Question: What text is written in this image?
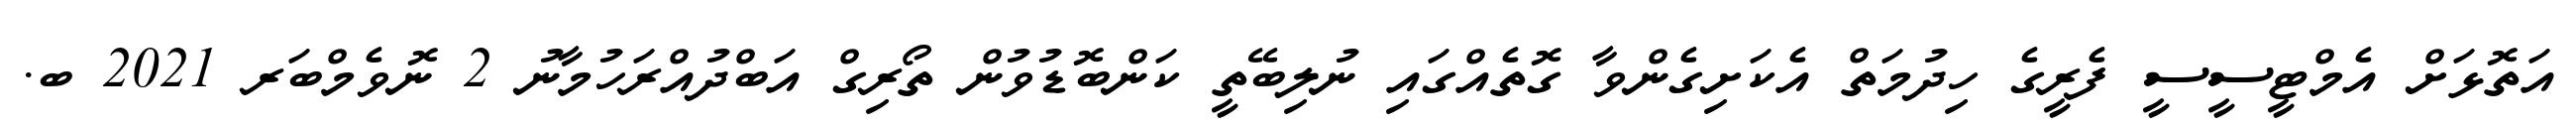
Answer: އަތޮޅަށް އެމްޓީސީސީ ފެރީގެ ހިދުމަތް އެކަށިގެންވާ ގޮތެއްގައި ނުލިބޭތީ ކަންބޮޑުވުން ތޯރިގް އަބްދުއްރަހުމާނު 2 ނޮވެމްބަރ 2021 ބ.